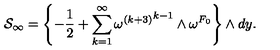
{ \cal S } _ { \infty } = \left\{ - { \frac { 1 } { 2 } } + \sum _ { k = 1 } ^ { \infty } { { \omega ^ { ( k + 3 ) } } ^ { k - 1 } \wedge \omega ^ { F _ { 0 } } } \right\} \wedge d y .